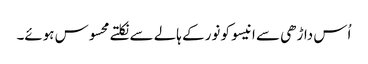
اُس داڑھی سے انیسو کو نور کے ہالے سے نکلتے محسوس ہوئے۔